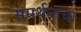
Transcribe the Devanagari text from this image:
समर्थनाचा